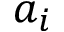
a _ { i }